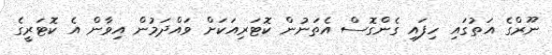
ނޫރްގެ އަތުގައި ހިފައި ގެންގޮސް އެތަނުން ކޮޓަރިއަކަށް ވައްދަމުން އިވާން އެ ކޮޓަރީގެ